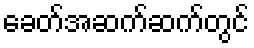
ခေတ်အဆက်ဆက်တွင်